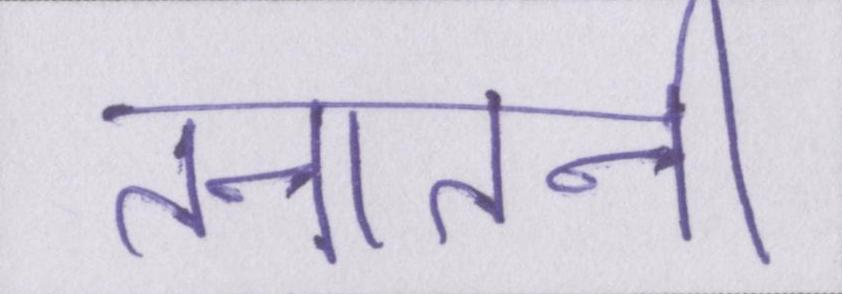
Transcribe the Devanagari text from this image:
तनातनी